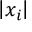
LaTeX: \left| x _ { i } \right|